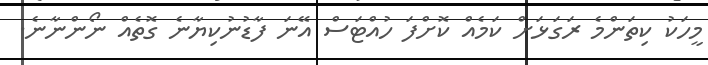
މީހަކު ކިތަންމެ ރަގަޅަށް ކަމެއް ކޮށްފަ ހުއްޓަސް އޭނަ ފާޑުނުކިޔާނެ ގޮތެއް ނޯންނާނެ.